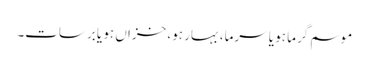
موسم گرما ہو یا سرما، بہار ہو، خزاں ہو یا برسات۔